Annual administration report of the Civil Veterinary Department, Ajmere-Merwara, British Rajputana - 1914-1940
Year: 1914
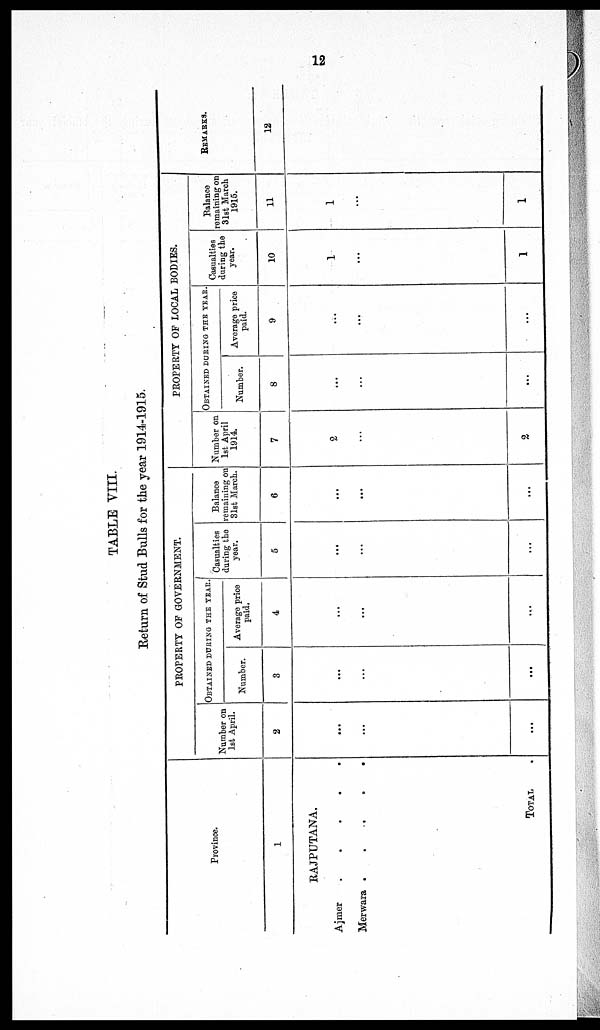
12
TABLE VIII.
Return of Stud Bulls for the year 1914-1915.
1
RAJPUTANA.
Ajmer
.
.
.
.
.
Merwara .
.
.
.
.
TOTAL .
PROPERTY OF GOVERNMENT.
Number on
1st April.
2
...
...
...
OBTAINED DURING THE YEAR.
Number.
3
...
...
...
Average price
paid.
4
...
...
...
Casualties
during the
year.
5
...
...
...
Balance
remaining on
31st March.
6
...
...
...
PROPERTY OF LOCAL BODIES.
Number on
1st April
1914.
7
2
...
2
OBTAINED DURING THE YEAR.
Number.
8
...
...
...
Average price
paid.
9
...
...
...
Casualties
during the
year.
10
1
...
1
Balance
remaining on
31st March
1915.
11
1
...
1
REMARKS.
12